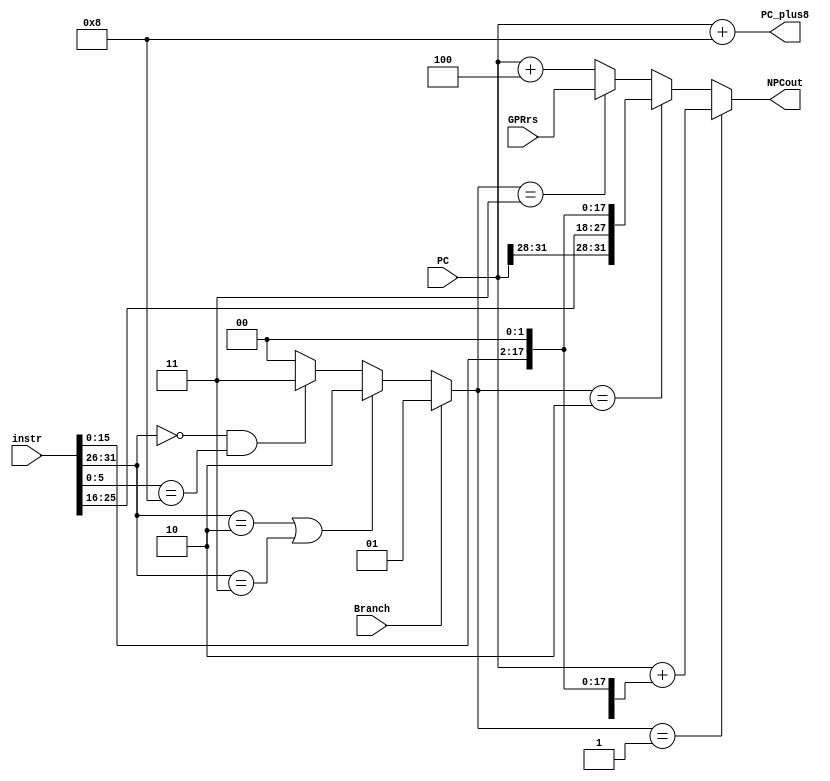
`timescale 1ns / 1ps
//////////////////////////////////////////////////////////////////////////////////
// Company: 
// Engineer: 
// 
// Design Name: 
// Module Name:    NPC 
// Project Name: 
// Target Devices: 
// Tool versions: 
// Description: 
//
// Dependencies: 
//
// Revision: 
// Revision 0.01 - File Created
// Additional Comments: 
//
//////////////////////////////////////////////////////////////////////////////////
`define Opcode	instr[31:26]
`define Funct	instr[5:0]
`define R 		(`Opcode == 6'b000000)  // calculation type instr
`define beq     (`Opcode == 6'b000100)
`define j	    (`Opcode == 6'b000010)
`define jal     (`Opcode == 6'b000011)
`define jr      (`R & (`Funct == 6'b001000))
module NPC(
    input [31:0] PC,
    input Branch,
    input [31:0] GPRrs,  // input from the V1_D out line 
    input [31:0] instr,
    output [31:0] NPCout,
    output [31:0] PC_plus8
    );
	 /*PC      type 0
	  *branch  type 1
	  * j /jal type 2
	  * jr     type 3
	 */
	 assign PC_plus8 = PC + 8;
	 wire [1:0] sel;
	 assign sel = (Branch == 1) ? 1:
					  (`j || `jal)  ? 2:
					  (`jr )			 ? 3:0;
					  //PC + 4 + { {14{instr[15]}} , instr[15:0] , 2'b00} 
	 assign NPCout = (sel == 1)? ( PC + { {14{instr[15]}} , instr[15:0] , 2'b00} ) : // signed ext can be done like this 
						  (sel == 2)? { PC[31:28] , instr[25:0] , 2'b00} :
						  (sel == 3)? GPRrs : (PC+4) ;
	

endmodule